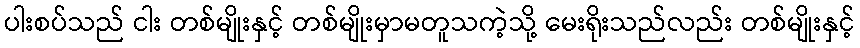
ပါးစပ်သည် ငါး တစ်မျိုးနှင့် တစ်မျိုးမှာမတူသကဲ့သို့ မေးရိုးသည်လည်း တစ်မျိုးနှင့်